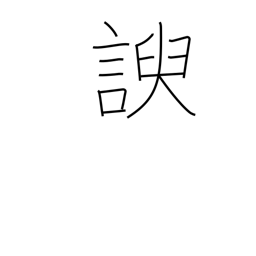
Meaning: flatter